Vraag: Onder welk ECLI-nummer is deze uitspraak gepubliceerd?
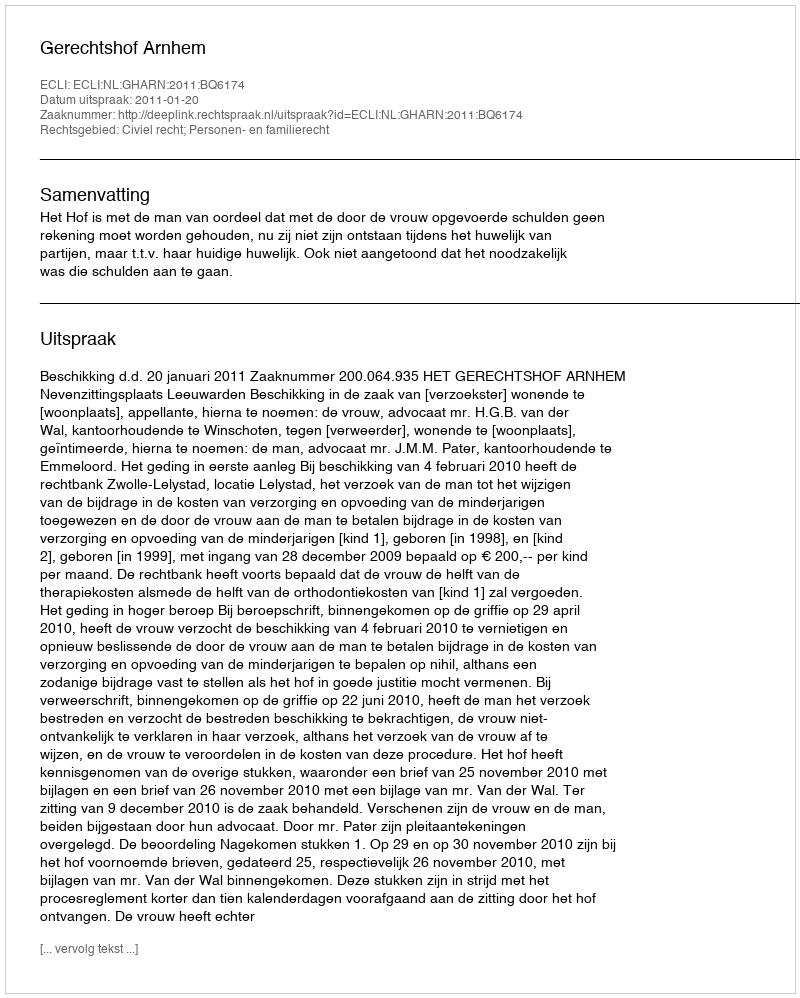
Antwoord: ECLI:NL:GHARN:2011:BQ6174